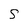
Character: 5